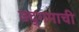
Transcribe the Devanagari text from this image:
उद्‌गमाची